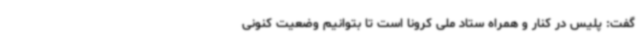
گفت: پلیس در کنار و همراه ستاد ملی کرونا است تا بتوانیم وضعیت کنونی